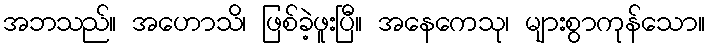
အဘသည်။ အဟောသိ၊ ဖြစ်ခဲ့ဖူးပြီ။ အနေကေသု၊ များစွာကုန်သော။